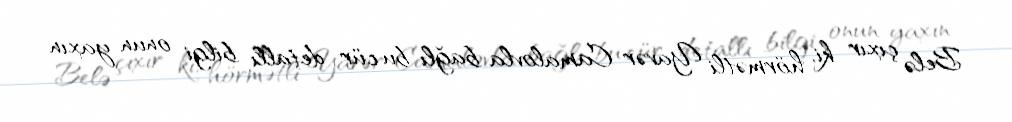
Belə çıxır ki, hörmətli Yavər Camalovla bağlı bu cür detallı bilgi onun yaxın